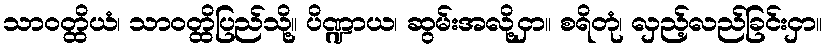
သာဝတ္ထိယံ၊ သာဝတ္ထိပြည်သို့။ ပိဏ္ဍာယ၊ ဆွမ်းအလို့ငှာ။ စရိတုံ၊ လှည့်လည်ခြင်းငှာ။